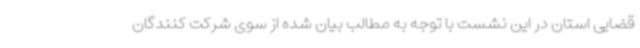
قضایی استان در این نشست با توجه به مطالب بیان شده از سوی شرکت کنندگان